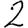
Digit: 2